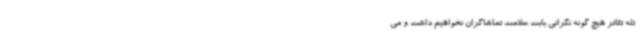
تله تئاتر هیچ گونه نگرانی بابت سلامت تماشاگران نخواهیم داشت و می‌